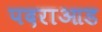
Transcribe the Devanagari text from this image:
पदराआड